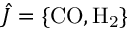
\hat { J } = \{ \mathrm { C O , H _ { 2 } } \}